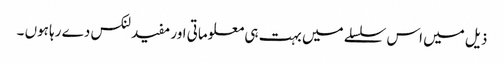
ذیل میں اس سلسلے میں بہت ہی معلوماتی اور مفید لنکس دے رہا ہوں ۔